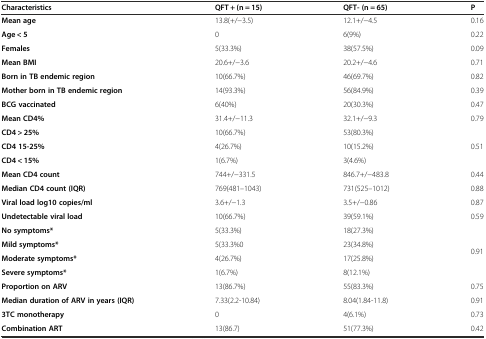
<table><thead><tr><td><b>Characteristics</b></td><td><b>QFT + (n = 15)</b></td><td><b>QFT- (n = 65)</b></td><td><b>P</b></td></tr></thead><tbody><tr><td><b>Mean age</b></td><td>13.8(+/−3.5)</td><td>12.1+/−4.5</td><td>0.16</td></tr><tr><td><b>Age &lt; 5</b></td><td>0</td><td>6(9%)</td><td>0.22</td></tr><tr><td><b>Females</b></td><td>5(33.3%)</td><td>38(57.5%)</td><td>0.09</td></tr><tr><td><b>Mean BMI</b></td><td>20.6+/−3.6</td><td>20.2+/−4.6</td><td>0.71</td></tr><tr><td><b>Born in TB endemic region</b></td><td>10(66.7%)</td><td>46(69.7%)</td><td>0.82</td></tr><tr><td><b>Mother born in TB endemic region</b></td><td>14(93.3%)</td><td>56(84.9%)</td><td>0.39</td></tr><tr><td><b>BCG vaccinated</b></td><td>6(40%)</td><td>20(30.3%)</td><td>0.47</td></tr><tr><td><b>Mean CD4%</b></td><td>31.4+/−11.3</td><td>32.1+/−9.3</td><td>0.79</td></tr><tr><td><b>CD4 &gt; 25%</b></td><td>10(66.7%)</td><td>53(80.3%)</td><td rowspan="3">0.51</td></tr><tr><td><b>CD4 15-25%</b></td><td>4(26.7%)</td><td>10(15.2%)</td></tr><tr><td><b>CD4 &lt; 15%</b></td><td>1(6.7%)</td><td>3(4.6%)</td></tr><tr><td><b>Mean CD4 count</b></td><td>744+/−331.5</td><td>846.7+/−483.8</td><td>0.44</td></tr><tr><td><b>Median CD4 count (IQR)</b></td><td>769(481–1043)</td><td>731(525–1012)</td><td>0.88</td></tr><tr><td><b>Viral load log10 copies/ml</b></td><td>3.6+/−1.3</td><td>3.5+/−0.86</td><td>0.87</td></tr><tr><td><b>Undetectable viral load</b></td><td>10(66.7%)</td><td>39(59.1%)</td><td>0.59</td></tr><tr><td><b>No symptoms*</b></td><td>5(33.3%)</td><td>18(27.3%)</td><td rowspan="4">0.91</td></tr><tr><td><b>Mild symptoms*</b></td><td>5(33.3%0</td><td>23(34.8%)</td></tr><tr><td><b>Moderate symptoms*</b></td><td>4(26.7%)</td><td>17(25.8%)</td></tr><tr><td><b>Severe symptoms*</b></td><td>1(6.7%)</td><td>8(12.1%)</td></tr><tr><td><b>Proportion on ARV</b></td><td>13(86.7%)</td><td>55(83.3%)</td><td>0.75</td></tr><tr><td><b>Median duration of ARV in years (IQR)</b></td><td>7.33(2.2-10.84)</td><td>8.04(1.84-11.8)</td><td>0.91</td></tr><tr><td><b>3TC monotherapy</b></td><td>0</td><td>4(6.1%)</td><td>0.73</td></tr><tr><td><b>Combination ART</b></td><td>13(86.7)</td><td>51(77.3%)</td><td>0.42</td></tr></tbody></table>